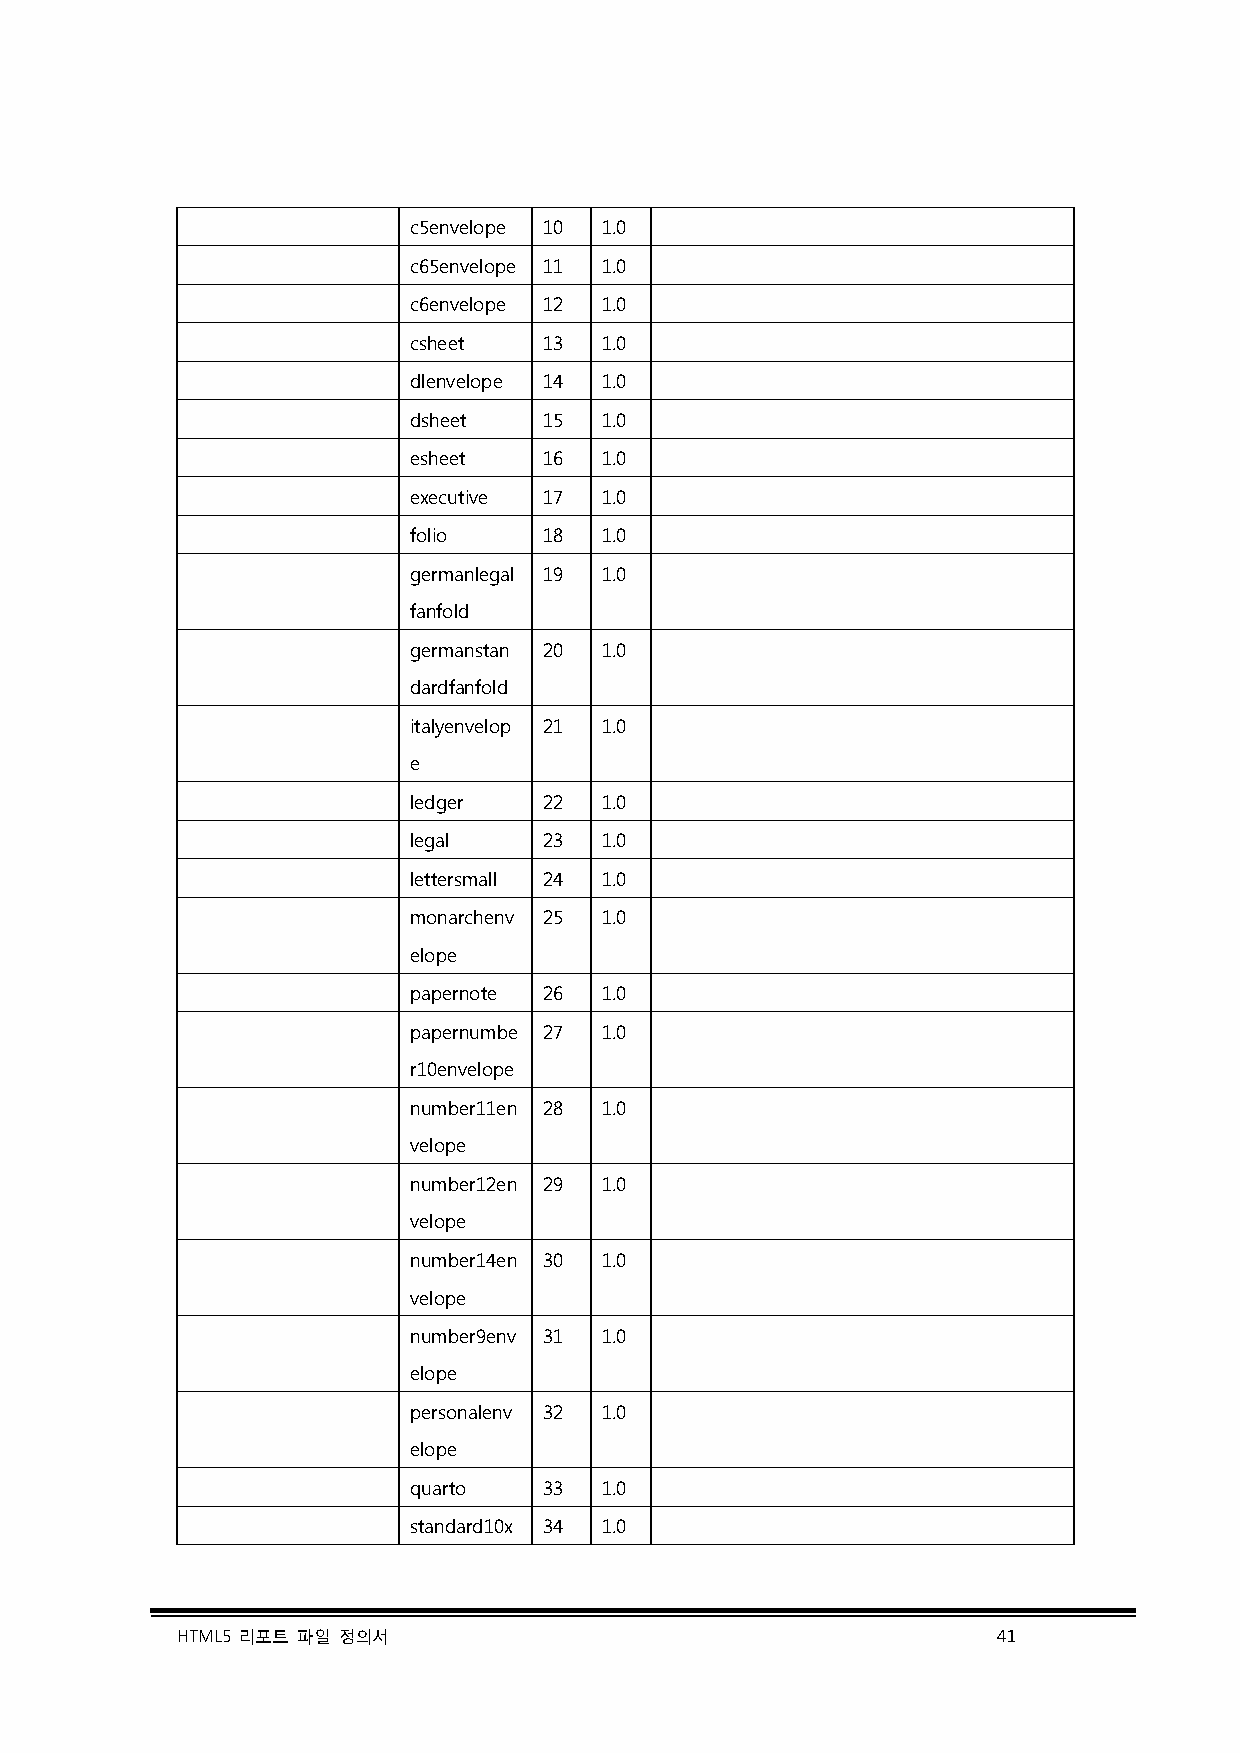
c5envelope 10 1.0
 c65envelope 11 1.0
 c6envelope 12 1.0
 csheet   13  1.0
 dlenvelope 14 1.0
 dsheet   15  1.0
 esheet   16  1.0
 executive 17 1.0
 folio    18  1.0
 germanlegal 19 1.0
 fanfold
 germanstan 20 1.0
 dardfanfold
 italyenvelop 21 1.0
 e
 ledger   22  1.0
 legal    23  1.0
 lettersmall 24 1.0
 monarchenv 25 1.0
 elope
 papernote 26 1.0
 papernumbe 27 1.0
 r10envelope
 number11en 28 1.0
 velope
 number12en 29 1.0
 velope
 number14en 30 1.0
 velope
 number9env 31 1.0
 elope
 personalenv 32 1.0
 elope
 quarto   33  1.0
 standard10x 34 1.0
 HTML5 리포트 파일 정의서                                      41